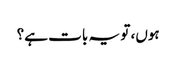
ہوں، تو یہ بات ہے؟